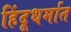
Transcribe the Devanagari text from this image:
हिंदूधर्मात